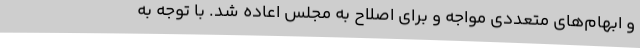
و ابهام‌های متعددی مواجه و برای اصلاح به مجلس اعاده شد. با توجه به